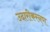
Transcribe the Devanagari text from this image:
उदारीकरनण